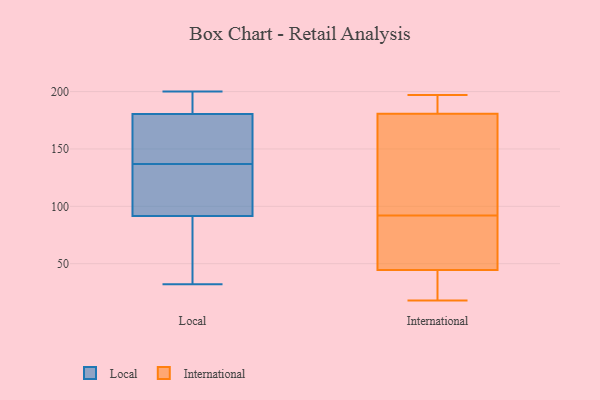
{"axis": {"x": "Operating Costs (USD K)", "y": "Value"}, "legend": ["International", "Local"], "data": [{"x": "", "y": 148, "type": "Local"}, {"x": "", "y": 121, "type": "Local"}, {"x": "", "y": 52, "type": "Local"}, {"x": "", "y": 181, "type": "Local"}, {"x": "", "y": 186, "type": "Local"}, {"x": "", "y": 200, "type": "Local"}, {"x": "", "y": 32, "type": "Local"}, {"x": "", "y": 191, "type": "Local"}, {"x": "", "y": 139, "type": "Local"}, {"x": "", "y": 101, "type": "Local"}, {"x": "", "y": 116, "type": "Local"}, {"x": "", "y": 45, "type": "Local"}, {"x": "", "y": 150, "type": "Local"}, {"x": "", "y": 180, "type": "Local"}, {"x": "", "y": 82, "type": "Local"}, {"x": "", "y": 135, "type": "Local"}, {"x": "", "y": 182, "type": "International"}, {"x": "", "y": 196, "type": "International"}, {"x": "", "y": 192, "type": "International"}, {"x": "", "y": 197, "type": "International"}, {"x": "", "y": 37, "type": "International"}, {"x": "", "y": 160, "type": "International"}, {"x": "", "y": 77, "type": "International"}, {"x": "", "y": 188, "type": "International"}, {"x": "", "y": 18, "type": "International"}, {"x": "", "y": 177, "type": "International"}, {"x": "", "y": 46, "type": "International"}, {"x": "", "y": 125, "type": "International"}, {"x": "", "y": 82, "type": "International"}, {"x": "", "y": 92, "type": "International"}, {"x": "", "y": 20, "type": "International"}, {"x": "", "y": 44, "type": "International"}, {"x": "", "y": 56, "type": "International"}, {"x": "", "y": 31, "type": "International"}, {"x": "", "y": 168, "type": "International"}]}